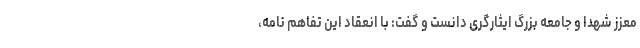
معزز شهدا و جامعه بزرگ ایثارگری دانست و گفت: با انعقاد این تفاهم نامه،